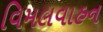
વિમલવાહન